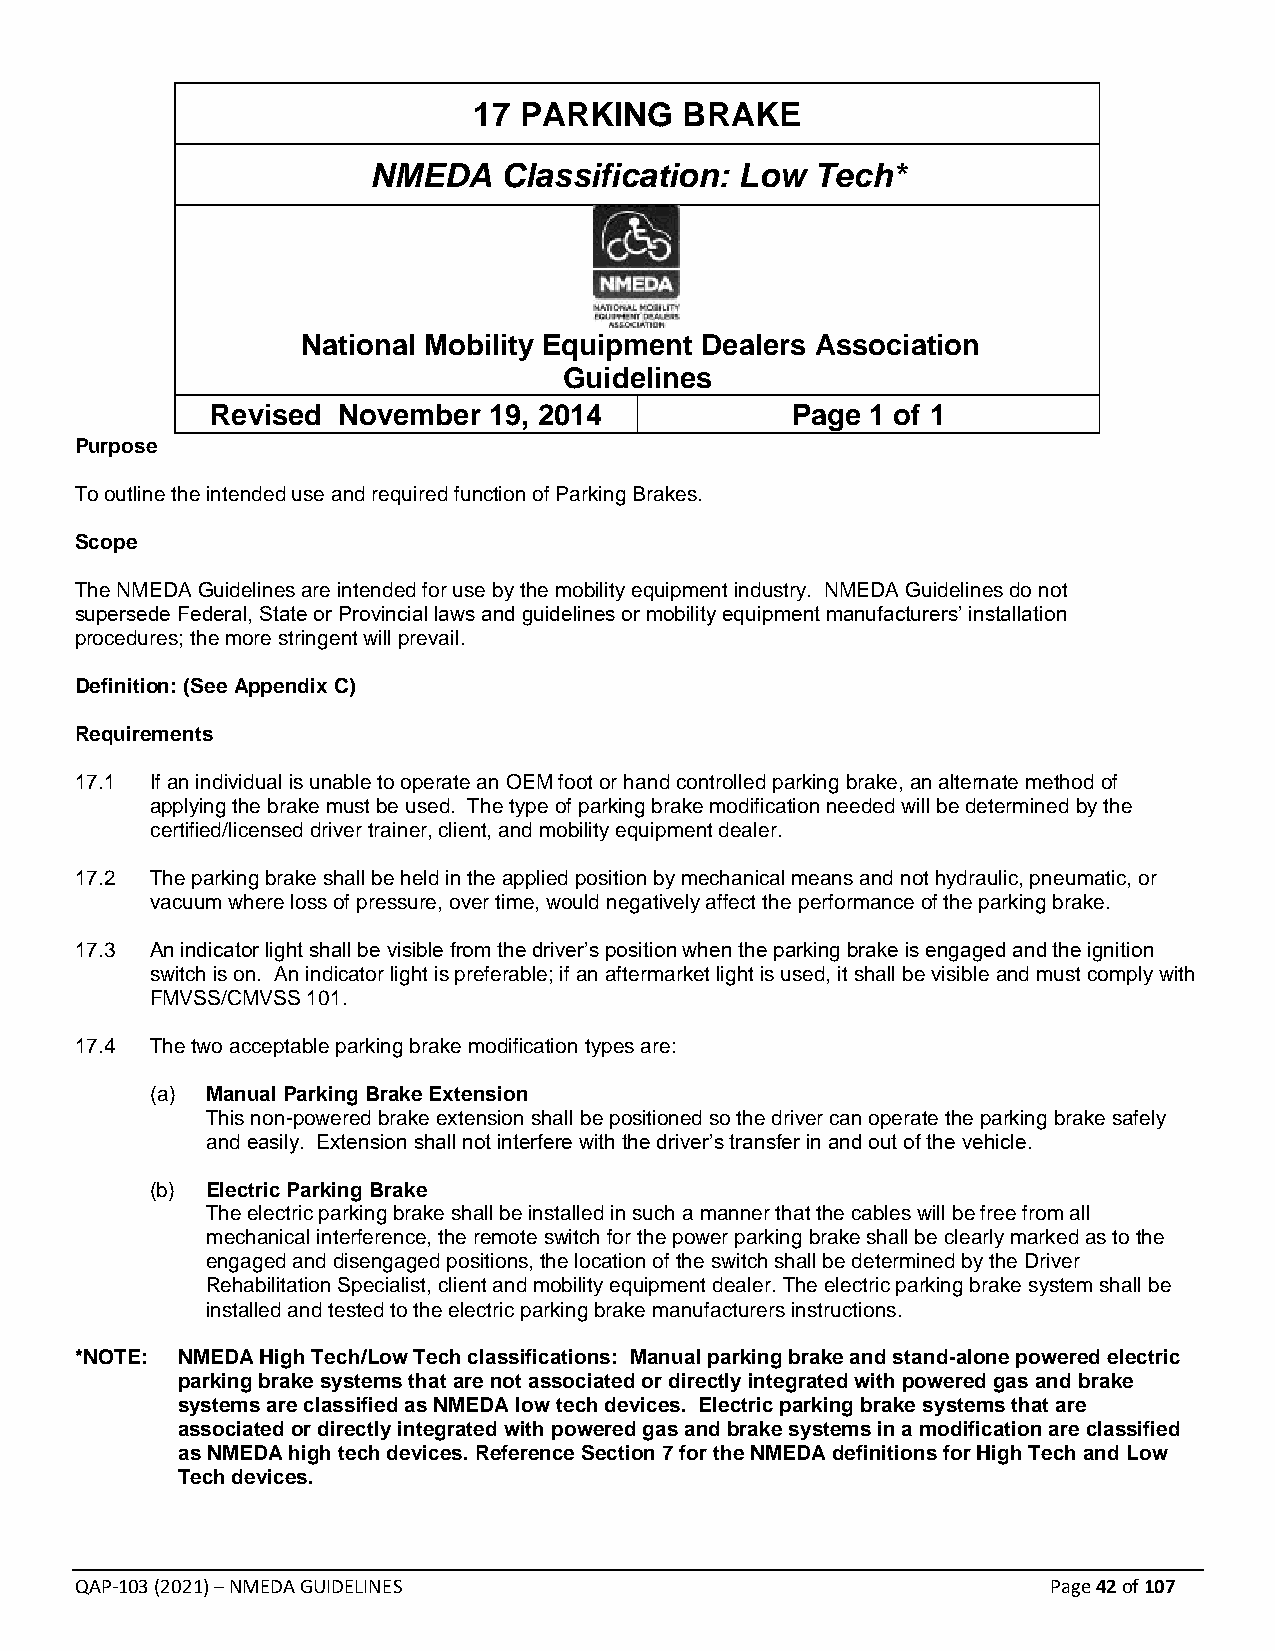
17 PARKING    BRAKE
 NMEDA    Classification: Low  Tech*
 National Mobility Equipment Dealers Association
 Guidelines
 Revised November  19, 2014            Page  1 of 1
 Purpose
 To outline the intended use and required function of Parking Brakes.
 Scope
 The NMEDA Guidelines are intended for use by the mobility equipment industry. NMEDA Guidelines do not
 supersede Federal, State or Provincial laws and guidelines or mobility equipment manufacturers’ installation
 procedures; the more stringent will prevail.
 Definition: (See Appendix C)
 Requirements
 17.1 If an individual is unable to operate an OEM foot or hand controlled parking brake, an alternate method of
 applying the brake must be used. The type of parking brake modification needed will be determined by the
 certified/licensed driver trainer, client, and mobility equipment dealer.
 17.2 The parking brake shall be held in the applied position by mechanical means and not hydraulic, pneumatic, or
 vacuum where loss of pressure, over time, would negatively affect the performance of the parking brake.
 17.3 An indicator light shall be visible from the driver’s position when the parking brake is engaged and the ignition
 switch is on. An indicator light is preferable; if an aftermarket light is used, it shall be visible and must comply with
 FMVSS/CMVSS 101.
 17.4 The two acceptable parking brake modification types are:
 (a) Manual Parking Brake Extension
 This non-powered brake extension shall be positioned so the driver can operate the parking brake safely
 and easily. Extension shall not interfere with the driver’s transfer in and out of the vehicle.
 (b) Electric Parking Brake
 The electric parking brake shall be installed in such a manner that the cables will be free from all
 mechanical interference, the remote switch for the power parking brake shall be clearly marked as to the
 engaged and disengaged positions, the location of the switch shall be determined by the Driver
 Rehabilitation Specialist, client and mobility equipment dealer. The electric parking brake system shall be
 installed and tested to the electric parking brake manufacturers instructions.
 *NOTE: NMEDA High Tech/Low Tech classifications: Manual parking brake and stand-alone powered electric
 parking brake systems that are not associated or directly integrated with powered gas and brake
 systems are classified as NMEDA low tech devices. Electric parking brake systems that are
 associated or directly integrated with powered gas and brake systems in a modification are classified
 as NMEDA high tech devices. Reference Section 7 for the NMEDA definitions for High Tech and Low
 Tech devices.
 QAP-103 (2021) – NMEDA GUIDELINES                                Page 42 of 107